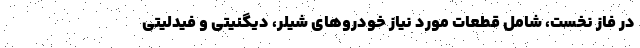
در فاز نخست، شامل قطعات مورد نیاز خودروهای شیلر، دیگنیتی و فیدلیتی